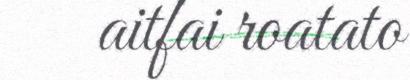
aitfai roatato